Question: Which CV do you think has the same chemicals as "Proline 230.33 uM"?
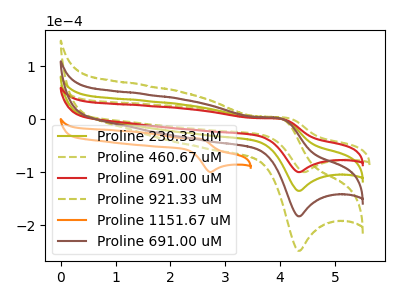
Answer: <think>The olive curve "Proline 230.33 uM" has an anodic peak at (4.00V, 1.15uA) and a cathodic peak at (4.35V, -135.25uA). The olive dashed curve "Proline 460.67 uM" has an anodic peak at (4.10V, 3.10uA) and a cathodic peak at (4.45V, -99.80uA). The red curve "Proline 691.00 uM" has an anodic peak at (4.00V, 0.85uA) and a cathodic peak at (4.35V, -99.80uA). The olive dashed curve "Proline 921.33 uM" has an anodic peak at (4.00V, 3.45uA) and a cathodic peak at (4.35V, -405.75uA). The orange curve "Proline 1151.67 uM" has an anodic peak at (2.50V, -36.50uA) and a cathodic peak at (2.75V, -99.80uA). The brown curve "Proline 691.00 uM" has an anodic peak at (4.00V, 2.30uA) and a cathodic peak at (4.35V, -270.50uA).
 "Proline 230.33 uM" and "Proline 460.67 uM" have at least one peak that do not match. All the peaks in "Proline 230.33 uM" have a peak in "Proline 691.00 uM" at the same potential. Every peak in "Proline 230.33 uM" is higher than every peak in "Proline 691.00 uM". All the peaks in "Proline 230.33 uM" have a peak in "Proline 921.33 uM" at the same potential. Every peak in "Proline 230.33 uM" is lower than every peak in "Proline 921.33 uM". "Proline 230.33 uM" and "Proline 1151.67 uM" have at least one peak that do not match. All the peaks in "Proline 230.33 uM" have a peak in "Proline 691.00 uM" at the same potential. Every peak in "Proline 230.33 uM" is lower than every peak in "Proline 691.00 uM". "Proline 460.67 uM" and "Proline 691.00 uM" have at least one peak that do not match. "Proline 460.67 uM" and "Proline 921.33 uM" have at least one peak that do not match. "Proline 460.67 uM" and "Proline 1151.67 uM" have at least one peak that do not match. "Proline 460.67 uM" and "Proline 691.00 uM" have at least one peak that do not match. All the peaks in "Proline 691.00 uM" have a peak in "Proline 921.33 uM" at the same potential. Every peak in "Proline 691.00 uM" is lower than every peak in "Proline 921.33 uM". "Proline 691.00 uM" and "Proline 1151.67 uM" have at least one peak that do not match. All the peaks in "Proline 691.00 uM" have a peak in "Proline 691.00 uM" at the same potential. Every peak in "Proline 691.00 uM" is lower than every peak in "Proline 691.00 uM". "Proline 921.33 uM" and "Proline 1151.67 uM" have at least one peak that do not match. All the peaks in "Proline 921.33 uM" have a peak in "Proline 691.00 uM" at the same potential. Every peak in "Proline 921.33 uM" is higher than every peak in "Proline 691.00 uM". "Proline 1151.67 uM" and "Proline 691.00 uM" have at least one peak that do not match.</think>
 <answer>"Proline 230.33 uM", "Proline 921.33 uM" and "Proline 691.00 uM" have a similar shape to "Proline 691.00 uM".</answer>
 <eval>"Proline 230.33 uM" "Proline 921.33 uM" "Proline 691.00 uM"</eval>